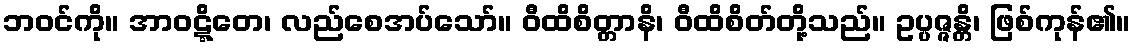
ဘဝင်ကို။ အာဝဋ္ဋိတေ၊ လည်စေအပ်သော်။ ဝီထိစိတ္တာနိ၊ ဝီထိစိတ်တို့သည်။ ဥပ္ပဇ္ဇန္တိ၊ ဖြစ်ကုန်၏။